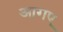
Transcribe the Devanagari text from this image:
आगए